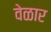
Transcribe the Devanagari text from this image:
वेळार